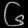
Digit: ၆